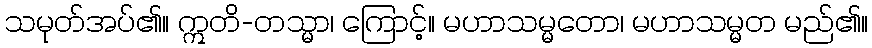
သမုတ်အပ်၏။ ဣတိ-တသ္မာ၊ ကြောင့်။ မဟာသမ္မတော၊ မဟာသမ္မတ မည်၏။